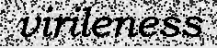
virileness